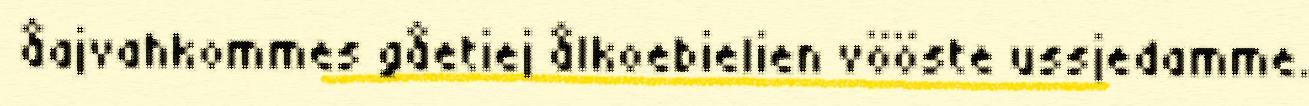
åajvahkommes gåetiej ålkoebielien vööste ussjedamme.